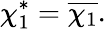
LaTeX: \chi_{1}^{*}={\overline{{\chi_{1}}}}.